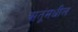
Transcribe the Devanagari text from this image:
ऋतूंमधील